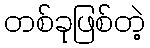
တစ်ခုဖြစ်တဲ့